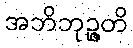
အဘိဘုဉ္ဇတိ